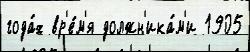
года́х вр'е́м'я должн'ика́м'и 1905